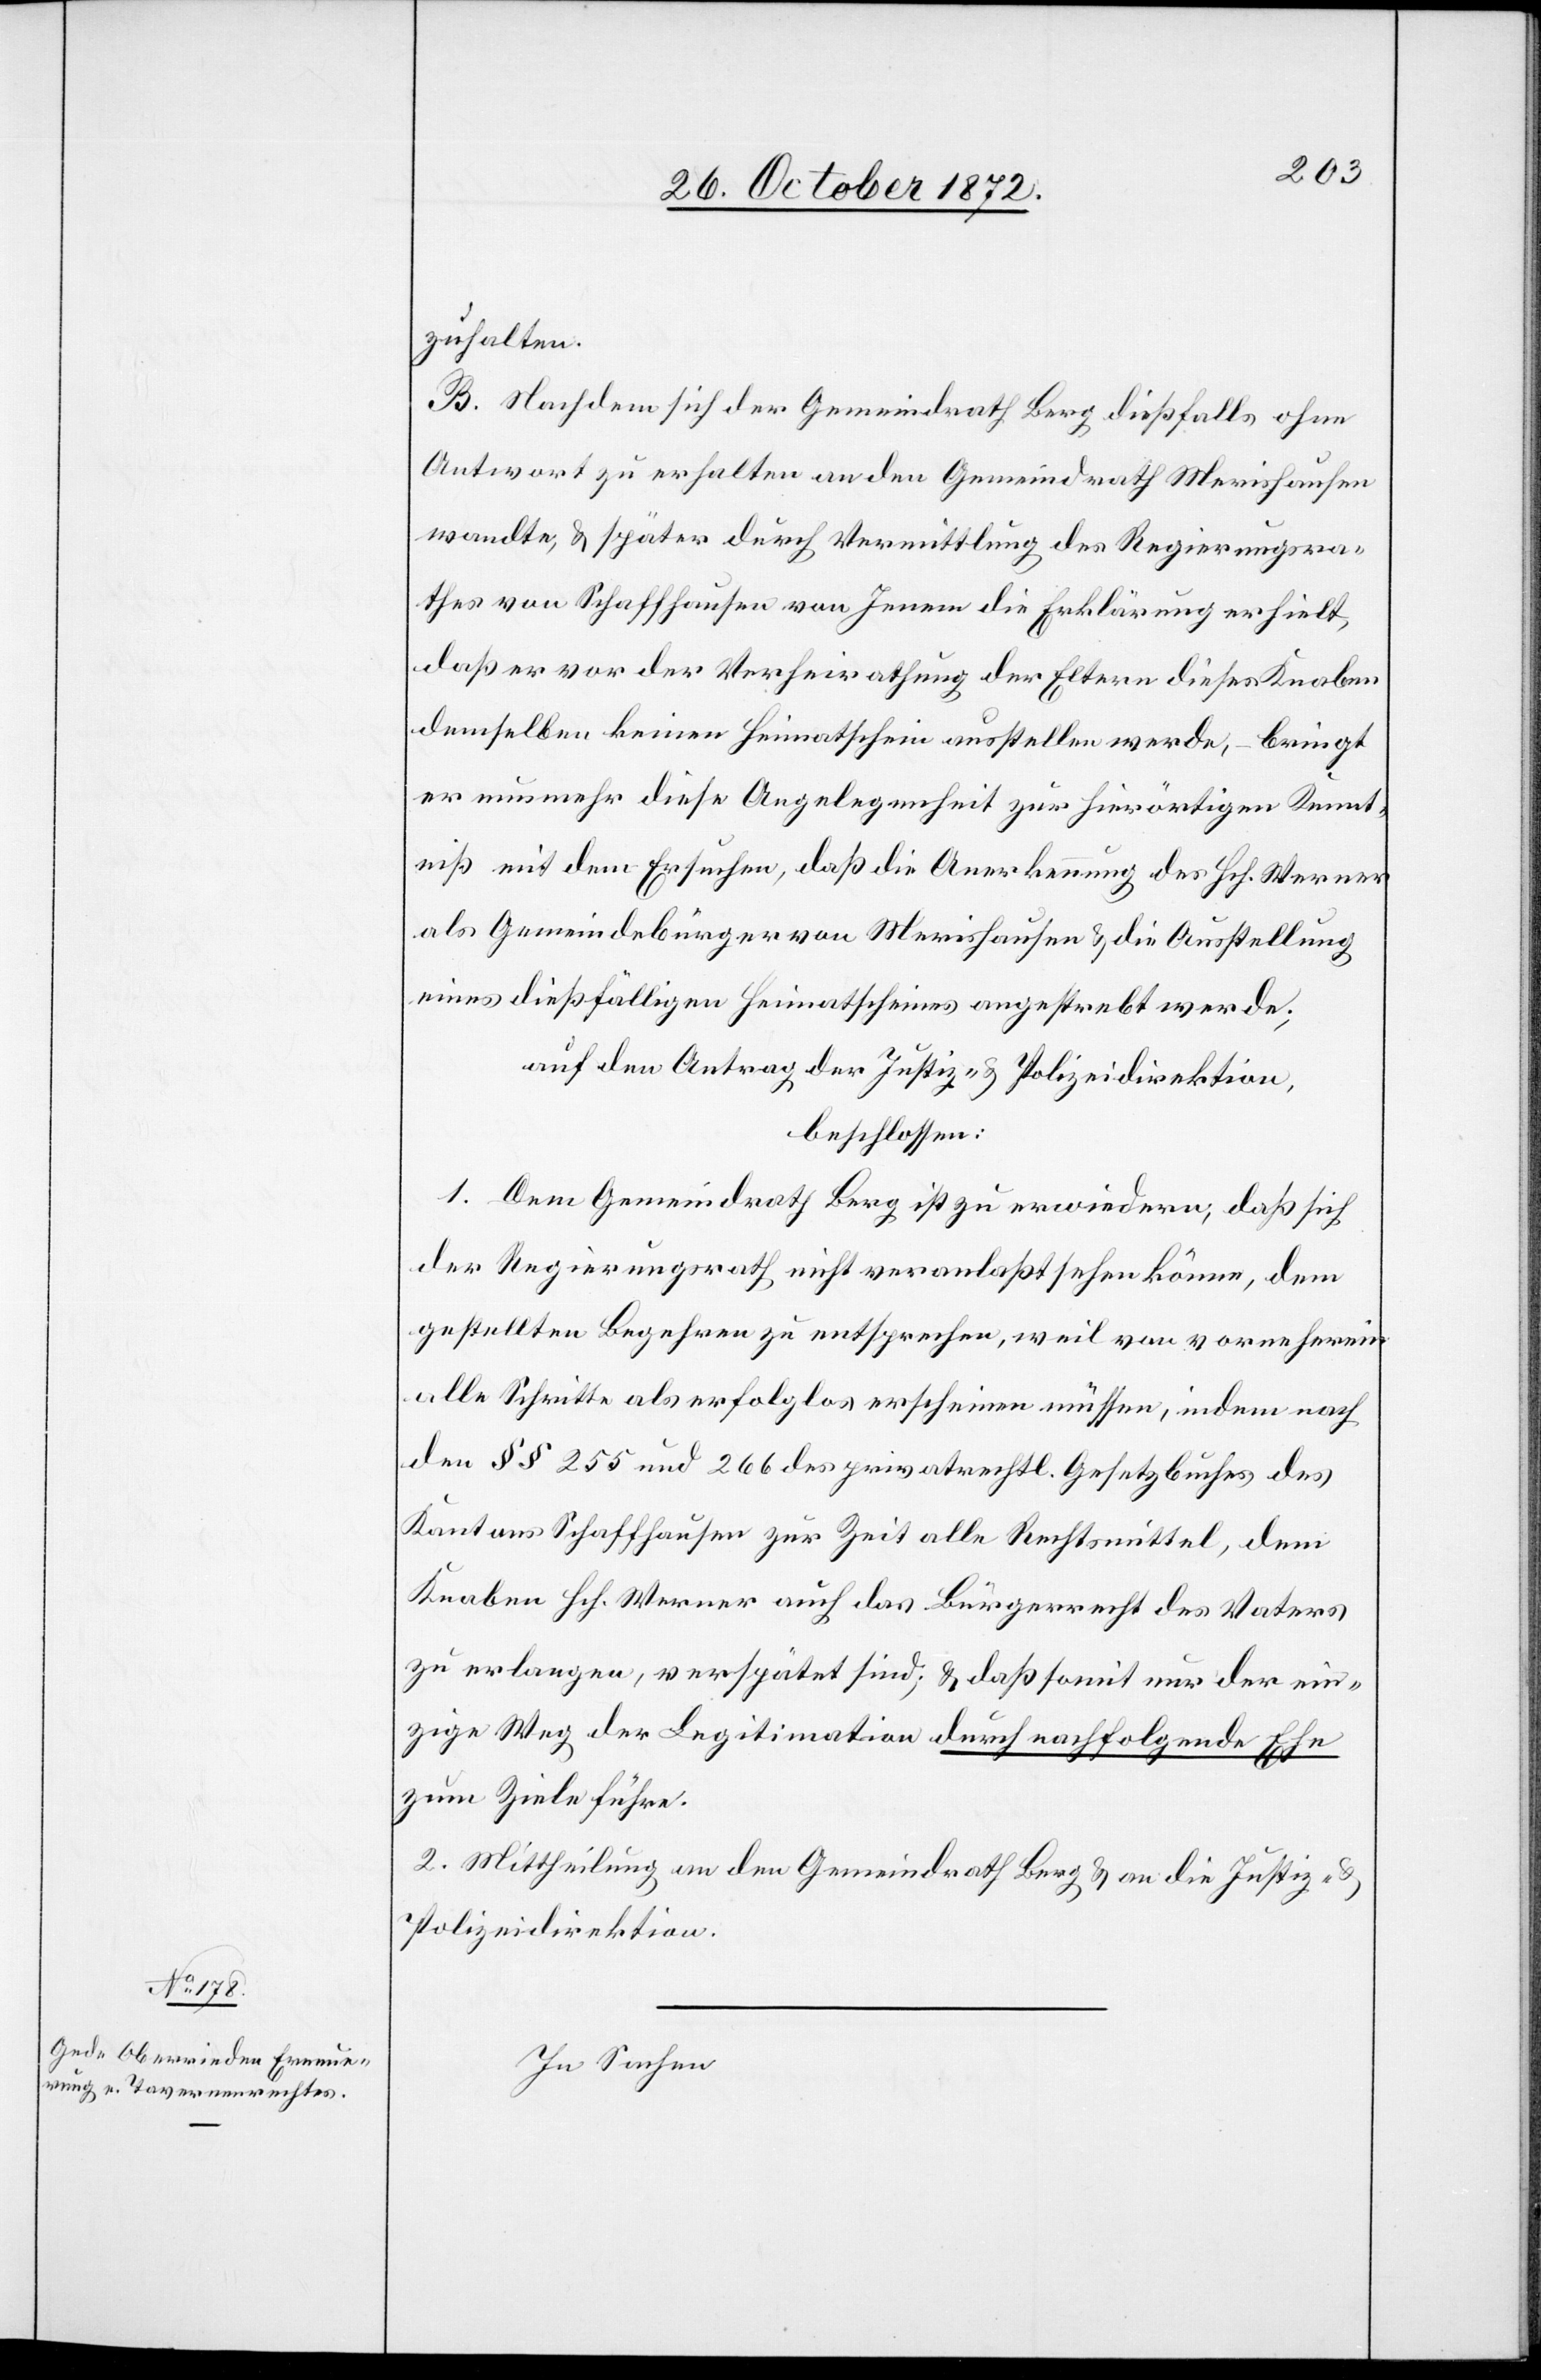
zuhalten.
B. Nachdem sich der Gemeindrath Berg dießfalls ohne
Antwort zu erhalten an den Gemeindrath Mmerishausen
wandte, u. später durch Vermittlung des Regierungsra¬
thes von Schaffhausen von Jenen die Erklärung erhielt,
daß er vor der Verheirathung der Eltern dieses Knaben
demselben keinen Heimatschein ausstellen werde, – bringt
er nunmehr diese Angelegenheit zur hierörtigen Kennt¬
niß mit dem Ersuchen, daß die Anerkennung des Hch. Werner
als Gemeindebürger von Merishausen u. die Ausstellung
eines dießfälligen Heimatscheines angestrebt werde;
auf den Antrag der Justiz- u. Polizeidirektion,
beschlossen:
1. Dem Gemeindrath Berg ist zu erwiedern, daß sich
der Regierungsrath nicht veranlaßt sehen könne, dem
gestellten Begehren zu entsprechen, weil von vorneherein
alle Schritte als erfolglos erscheinen müssen, indem nach
den §§ 255 und 266 des privatrechtl. Gesetzbuches des
Kantons Schaffhausen zur Zeit alle Rechtsmittel, dem
Knaben Hch. Werner auch das Bürgerrecht des Vaters
zu erlangen, verspätet sind; u. daß somit nur der ein¬
zige Weg der Legitimation durch nachfolgende Ehe
zum Ziele führe.
2. Mittheilung an den Gemeindrath Berg u. an die Justiz- u.
Polizeidirektion.
In Sachen